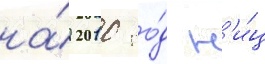
на́ 2010 го́д н'и́ц